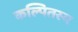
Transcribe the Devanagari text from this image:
कल्पितस्य